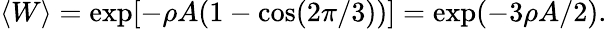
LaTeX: \langle W\rangle=\exp[-\rho A(1-\cos(2\pi/3))]=\exp(-3\rho A/2).